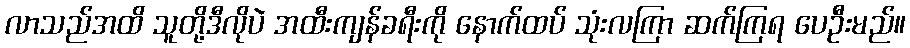
လာသည်အထိ သူတို့ဒီလိုပဲ အထီးကျန်ခရီးကို နောက်ထပ် သုံးလကြာ ဆက်ကြရ ပေဦးမည်။